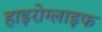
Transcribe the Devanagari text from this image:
हाइरोग्लाइफ